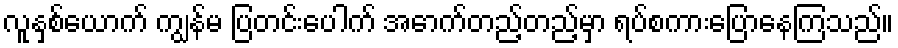
လူနှစ်ယောက် ကျွန်မ ပြတင်းပေါက် အောက်တည့်တည့်မှာ ရပ်စကားပြောနေကြသည်။